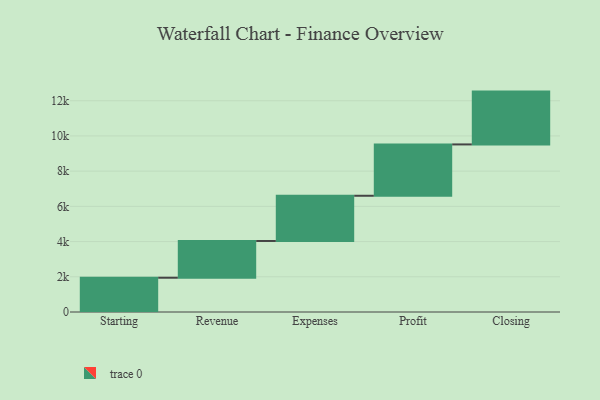
{"axis": {"x": "Step", "y": "Value"}, "legend": [""], "data": [{"x": "Starting", "y": 1947.0, "type": ""}, {"x": "Revenue", "y": 2087.0, "type": ""}, {"x": "Expenses", "y": 2568.0, "type": ""}, {"x": "Profit", "y": 2916.0, "type": ""}, {"x": "Closing", "y": 3000, "type": ""}]}